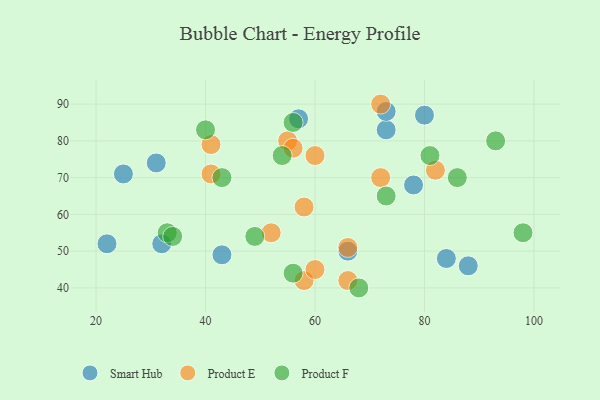
{"axis": {"x": "GDP", "y": "Life Expectancy"}, "legend": ["Product E", "Product F", "Smart Hub"], "data": [{"x": "78", "y": 68, "type": "Smart Hub"}, {"x": "66", "y": 50, "type": "Smart Hub"}, {"x": "32", "y": 52, "type": "Smart Hub"}, {"x": "73", "y": 83, "type": "Smart Hub"}, {"x": "88", "y": 46, "type": "Smart Hub"}, {"x": "22", "y": 52, "type": "Smart Hub"}, {"x": "31", "y": 74, "type": "Smart Hub"}, {"x": "84", "y": 48, "type": "Smart Hub"}, {"x": "73", "y": 88, "type": "Smart Hub"}, {"x": "25", "y": 71, "type": "Smart Hub"}, {"x": "80", "y": 87, "type": "Smart Hub"}, {"x": "43", "y": 49, "type": "Smart Hub"}, {"x": "57", "y": 86, "type": "Smart Hub"}, {"x": "58", "y": 62, "type": "Product E"}, {"x": "72", "y": 90, "type": "Product E"}, {"x": "82", "y": 72, "type": "Product E"}, {"x": "66", "y": 51, "type": "Product E"}, {"x": "55", "y": 80, "type": "Product E"}, {"x": "56", "y": 78, "type": "Product E"}, {"x": "58", "y": 42, "type": "Product E"}, {"x": "60", "y": 76, "type": "Product E"}, {"x": "66", "y": 42, "type": "Product E"}, {"x": "52", "y": 55, "type": "Product E"}, {"x": "41", "y": 79, "type": "Product E"}, {"x": "60", "y": 45, "type": "Product E"}, {"x": "41", "y": 71, "type": "Product E"}, {"x": "72", "y": 70, "type": "Product E"}, {"x": "33", "y": 55, "type": "Product F"}, {"x": "93", "y": 80, "type": "Product F"}, {"x": "49", "y": 54, "type": "Product F"}, {"x": "40", "y": 83, "type": "Product F"}, {"x": "98", "y": 55, "type": "Product F"}, {"x": "54", "y": 76, "type": "Product F"}, {"x": "43", "y": 70, "type": "Product F"}, {"x": "34", "y": 54, "type": "Product F"}, {"x": "86", "y": 70, "type": "Product F"}, {"x": "68", "y": 40, "type": "Product F"}, {"x": "56", "y": 44, "type": "Product F"}, {"x": "81", "y": 76, "type": "Product F"}, {"x": "73", "y": 65, "type": "Product F"}, {"x": "56", "y": 85, "type": "Product F"}]}